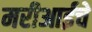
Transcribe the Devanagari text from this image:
मरीआईचे